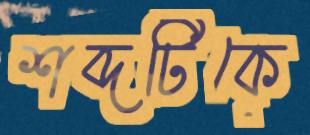
শব্দটিকে